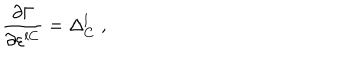
\frac { \partial \Gamma } { \partial \varepsilon ^ { l C } } = \Delta _ { C } ^ { l } \; ,